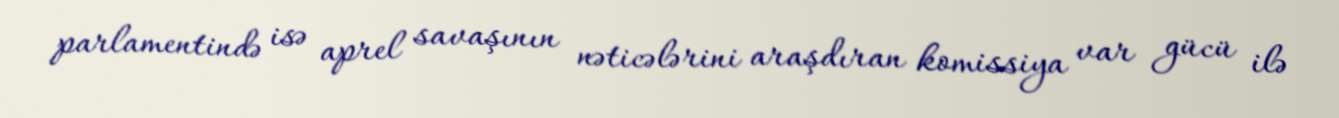
parlamentində isə aprel savaşının nəticələrini araşdıran komissiya var gücü ilə